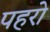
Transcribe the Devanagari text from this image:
पहरो